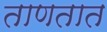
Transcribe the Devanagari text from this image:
ताणतात